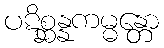
ပဋိစ္ဆန္နကမ္မန္တော